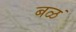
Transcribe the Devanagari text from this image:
बळं